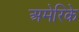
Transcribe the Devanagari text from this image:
अमेरिके